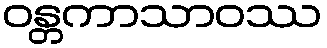
ဝန္တကာသာဝဿ